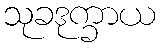
သုခဒုက္ခာယ